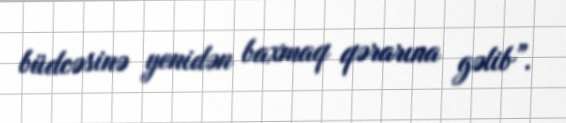
büdcəsinə yenidən baxmaq qərarına gəlib”.